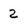
Character: 2